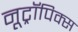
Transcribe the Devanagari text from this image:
नूट्रॉपिक्स